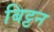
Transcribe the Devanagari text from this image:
बिट्टन